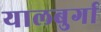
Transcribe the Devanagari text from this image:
यालबुर्गा